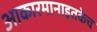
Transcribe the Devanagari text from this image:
आकारमानाइतकेच